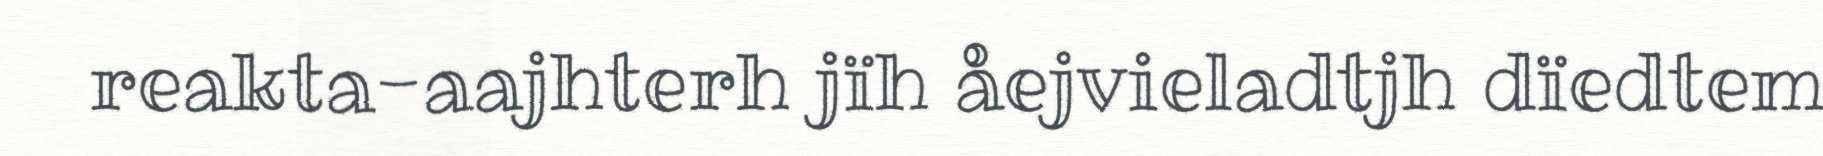
reakta-aajhterh jïh åejvieladtjh dïedtem